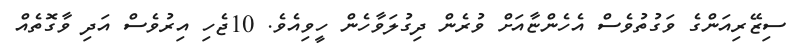
ސިޒޭރިއަންގެ ވަގުތުވެސް އެހެންޏާއަށް ވުރެން ދިގުލަވާހެން ހީވިއެވެ. 10ޖެހި އިރުވެސް އަދި ވާގޮތެއް